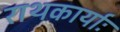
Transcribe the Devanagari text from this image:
राथकार्याः